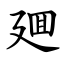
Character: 廽